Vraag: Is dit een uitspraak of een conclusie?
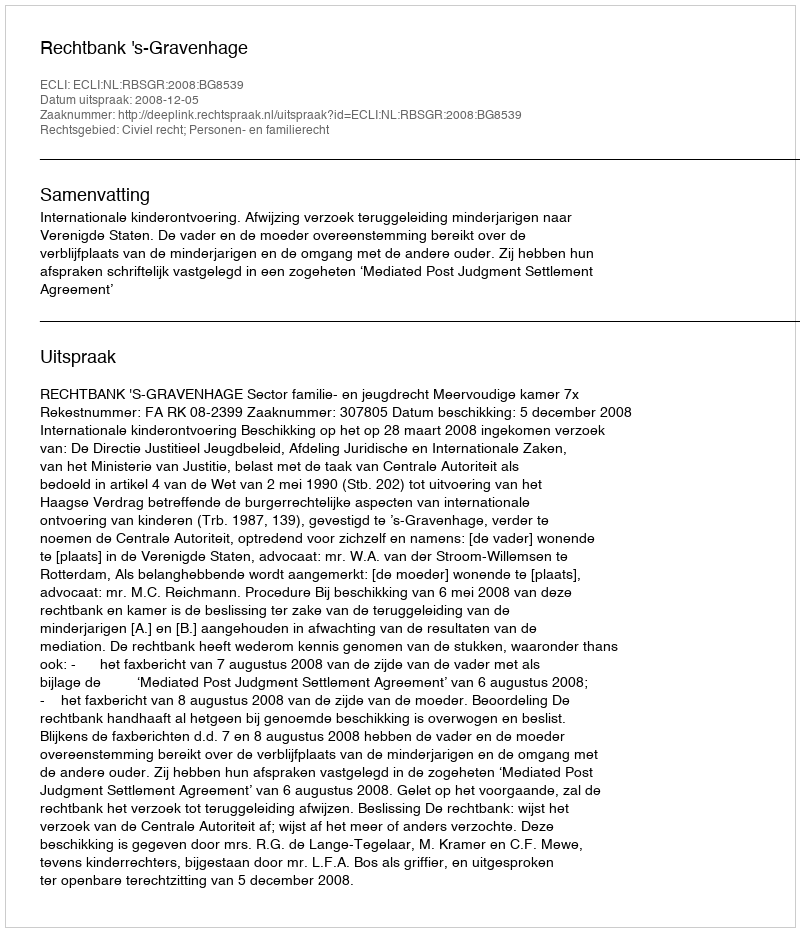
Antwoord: Uitspraak